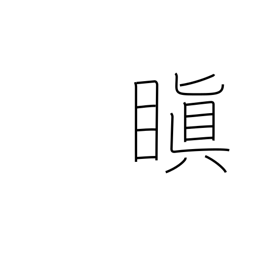
Meaning: be angry